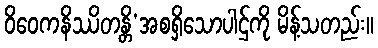
ဝိဝေကနိဿိတန္တိ’အစရှိသောပါဌ်ကို မိန့်သတည်း။